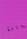
لعبتنا